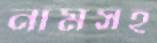
নামসহ